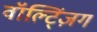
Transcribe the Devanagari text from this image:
वॉल्ट्ज़िंग